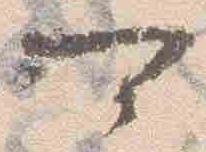
可